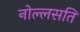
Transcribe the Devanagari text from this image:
नोल्लसति